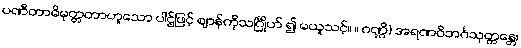
ပဏီတာဓိမုတ္တတာဟူသော ပါဌ်ဖြင့် ဈာန်ကိုသင်္ဂြိုဟ် ၍ မယူသင့်။ ။ ဂဏ္ဌိ) အရဏဝိဘင်္ဂသုတ္တန္တေ၊